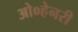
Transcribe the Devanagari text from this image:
ओ०हेनरी